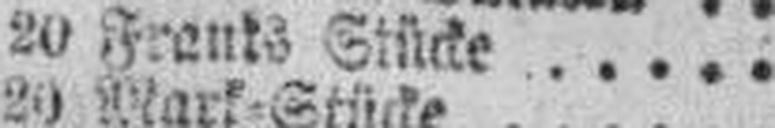
20 Franks Stücke